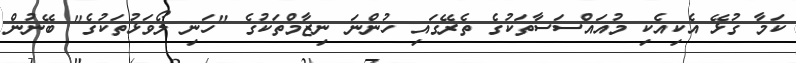
ކަމާ ގުޅޭ އެކިއެކި މުއައްސަސާތަކުގެ ތެރޭގައި ހުންނަ ނިޒާމްތަކުގެ "ހަނި ލޯވަޅުތަކުގެ" ބޭނުން